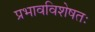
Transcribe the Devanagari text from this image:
प्रभावविशेषतः